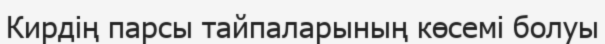
Кирдің парсы тайпаларының көсемі болуы